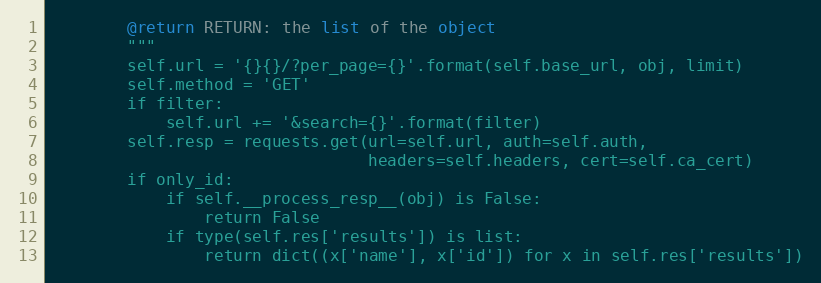
Language: Python
        @return RETURN: the list of the object
        """
        self.url = '{}{}/?per_page={}'.format(self.base_url, obj, limit)
        self.method = 'GET'
        if filter:
            self.url += '&search={}'.format(filter)
        self.resp = requests.get(url=self.url, auth=self.auth,
                                 headers=self.headers, cert=self.ca_cert)
        if only_id:
            if self.__process_resp__(obj) is False:
                return False
            if type(self.res['results']) is list:
                return dict((x['name'], x['id']) for x in self.res['results'])